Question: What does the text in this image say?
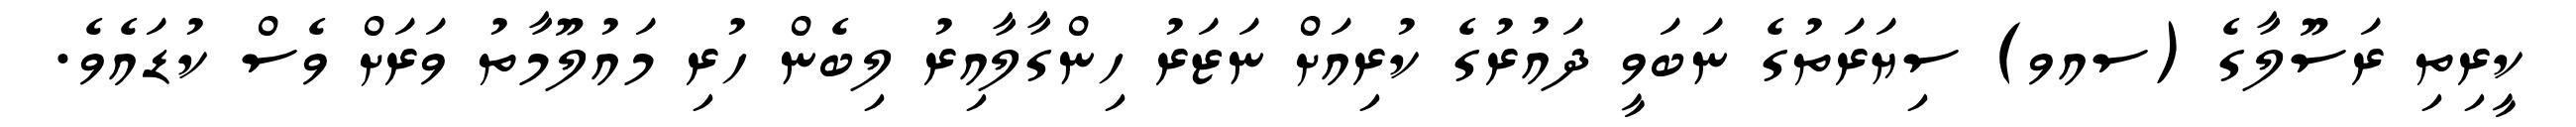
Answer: ކީރިތި ރަސޫލާގެ (ސއވ) ސިޔަރަތުގެ ނަބަވީ ދައުރުގެ ކުރިއަށް ނަޒަރު ހިންގާލާއިރު ލިބެން ހުރި މައުލޫމާތު ވަރަށް ވެސް ކުޑައެވެ.